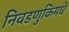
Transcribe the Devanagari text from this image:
निवडणुकिमधे